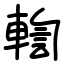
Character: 輷